King Institute of Preventive Medicine Bacteriolog. Section reports 1907-08
Year: 1907
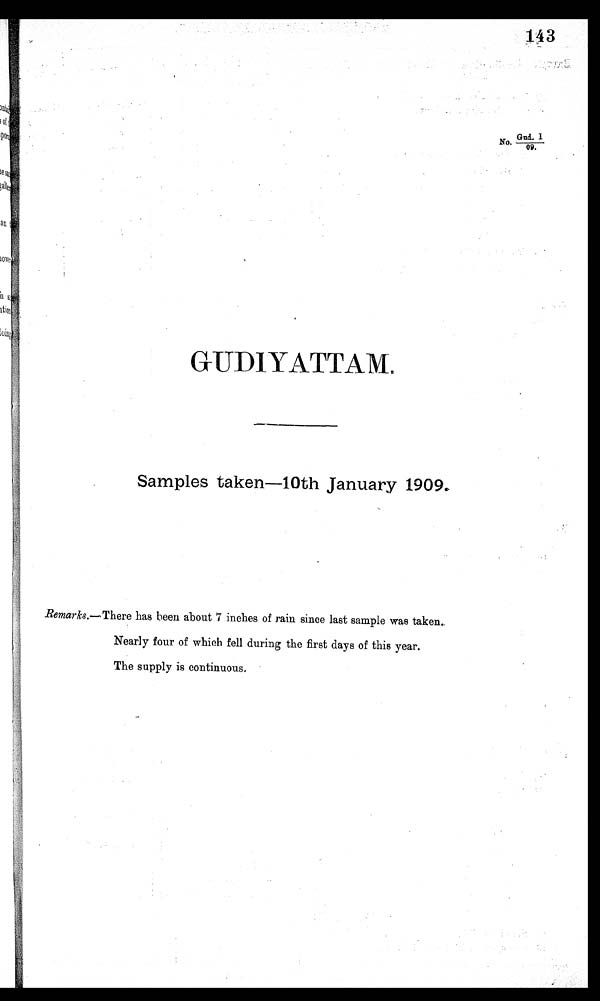
No'
Ga.. 1
--- 09.
G U D I Y A T T A M .
Samples taken—10th January 1909.
Remarks.— There has been about 7 inches of rain since last sample was taken.
Nearly four of which fell during the first days of this year.
The supply is continuous.